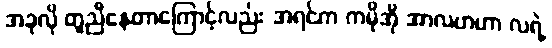
အခုလို တူညီနေတာကြောင့်လည်း အရင်က ကမိုအို အာလဗာဟာ လရဲ့